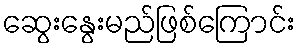
ဆွေးနွေးမည်ဖြစ်ကြောင်း